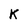
Character: K